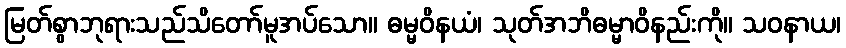
မြတ်စွာဘုရားသည်သိတော်မူအပ်သော။ ဓမ္မဝိနယံ၊ သုတ်အဘိဓမ္မာဝိနည်းကို။ သဝနာယ၊